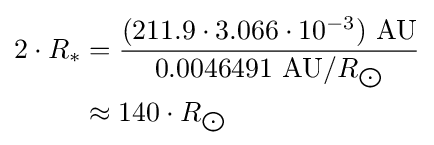
{\begin{aligned}2\cdot R_{*}&={\frac {(211.9\cdot 3.066\cdot 10^{-3})\ {\text{AU}}}{0.0046491\ {\text{AU}}/R_{\bigodot }}}\\&\approx 140\cdot R_{\bigodot }\end{aligned}}